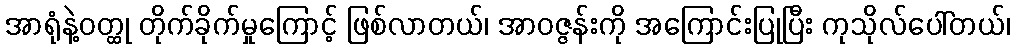
အာရုံနဲ့ဝတ္ထု တိုက်ခိုက်မှုကြောင့် ဖြစ်လာတယ်၊ အာဝဇ္ဇန်းကို အကြောင်းပြုပြီး ကုသိုလ်ပေါ်တယ်၊